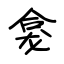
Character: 龛